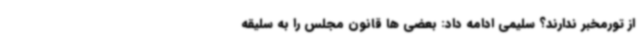
از تورمخبر ندارند؟ سلیمی ادامه داد: بعضی ها قانون مجلس را به سلیقه